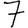
Digit: 7